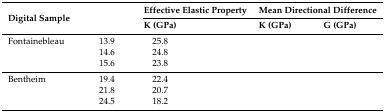
<table><thead><tr><td rowspan="2"><b>Digital Sample</b></td><td rowspan="2">[EMPTY_CELL]</td><td colspan="2"><b>Effective Elastic Property</b></td><td colspan="2"><b>Mean Directional Difference</b></td></tr><tr><td><b>K (GPa)</b></td><td>[EMPTY_CELL]</td><td><b>K (GPa)</b></td><td><b>G (GPa)</b></td></tr></thead><tbody><tr><td>Fontainebleau</td><td>13.9</td><td>25.8</td><td>[EMPTY_CELL]</td><td>[EMPTY_CELL]</td><td>[EMPTY_CELL]</td></tr><tr><td>[EMPTY_CELL]</td><td>14.6</td><td>24.8</td><td>[EMPTY_CELL]</td><td>[EMPTY_CELL]</td><td>[EMPTY_CELL]</td></tr><tr><td>[EMPTY_CELL]</td><td>15.6</td><td>23.8</td><td>[EMPTY_CELL]</td><td>[EMPTY_CELL]</td><td>[EMPTY_CELL]</td></tr><tr><td>Bentheim</td><td>19.4</td><td>22.4</td><td>[EMPTY_CELL]</td><td>[EMPTY_CELL]</td><td>[EMPTY_CELL]</td></tr><tr><td>[EMPTY_CELL]</td><td>21.8</td><td>20.7</td><td>[EMPTY_CELL]</td><td>[EMPTY_CELL]</td><td>[EMPTY_CELL]</td></tr><tr><td>[EMPTY_CELL]</td><td>24.5</td><td>18.2</td><td>[EMPTY_CELL]</td><td>[EMPTY_CELL]</td><td>[EMPTY_CELL]</td></tr></tbody></table>